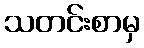
သတင်းစာမှ